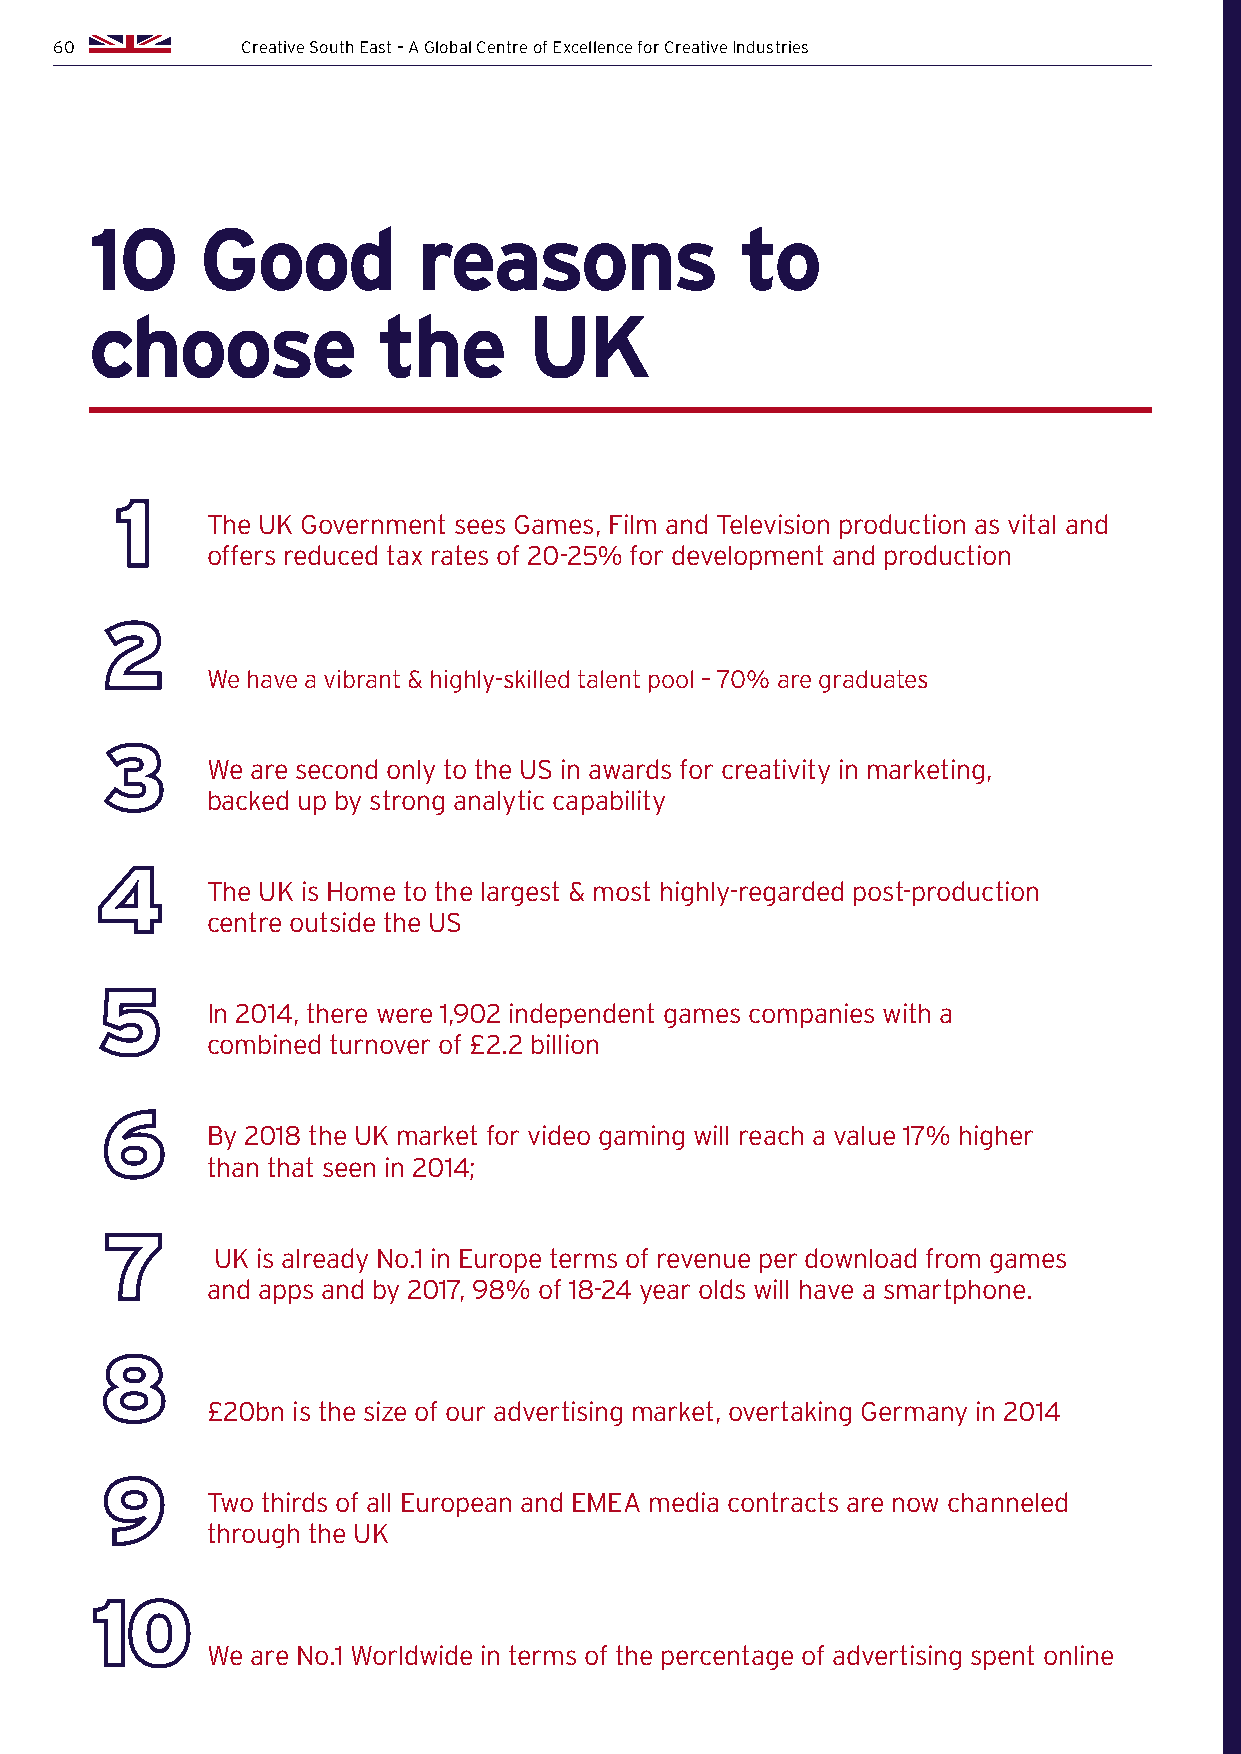
60          Creative South East – A Global Centre of Excellence for Creative Industries
 10     Good           reasons              to
 choose             the       UK
 The UK Government sees Games, Film and Television production as vital and
 offers reduced tax rates of 20-25% for development and production
 We have a vibrant & highly-skilled talent pool – 70% are graduates
 We are second only to the US in awards for creativity in marketing,
 backed up by strong analytic capability
 The UK is Home to the largest & most highly-regarded post-production
 centre outside the US
 In 2014, there were 1,902 independent games companies with a
 combined turnover of £2.2 billion
 By 2018 the UK market for video gaming will reach a value 17% higher
 than that seen in 2014;
 UK is already No.1 in Europe terms of revenue per download from games
 and apps and by 2017, 98% of 18-24 year olds will have a smartphone.
 £20bn is the size of our advertising market, overtaking Germany in 2014
 Two thirds of all European and EMEA media contracts are now channeled
 through the UK
 We are No.1 Worldwide in terms of the percentage of advertising spent online